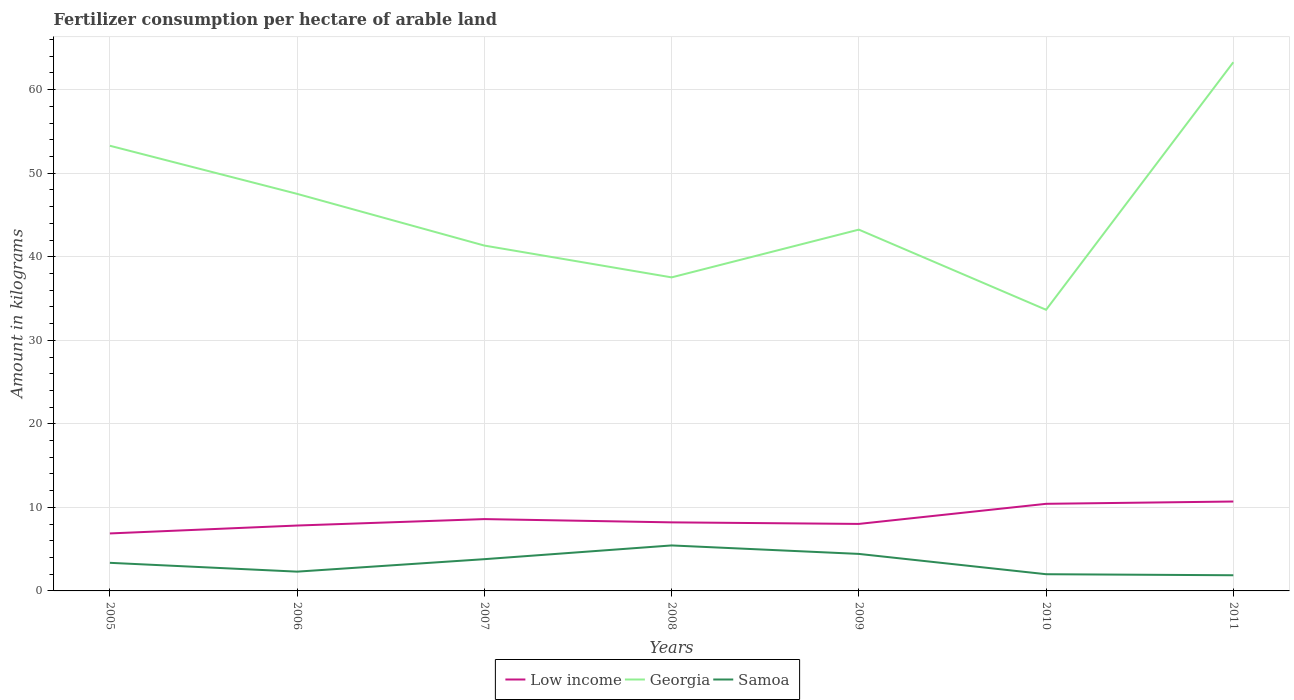
| Years | Low income | Georgia | Samoa |
 | --- | --- | --- | --- |
 | 2005 | 6.88 | 53.3 | 3.36 |
 | 2006 | 7.83 | 47.5 | 2.31 |
 | 2007 | 8.6 | 41.3 | 3.8 |
 | 2008 | 8.21 | 37.5 | 5.44 |
 | 2009 | 8.02 | 43.2 | 4.43 |
 | 2010 | 10.4 | 33.7 | 2 |
 | 2011 | 10.7 | 63.3 | 1.88 |